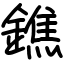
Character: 鐎